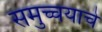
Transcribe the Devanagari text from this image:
समुच्चयाचे